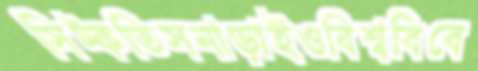
সিট্‌কতিসনাড়াইওবিশ্ববিবে